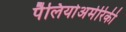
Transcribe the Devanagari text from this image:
पैलियोअमेरिकी